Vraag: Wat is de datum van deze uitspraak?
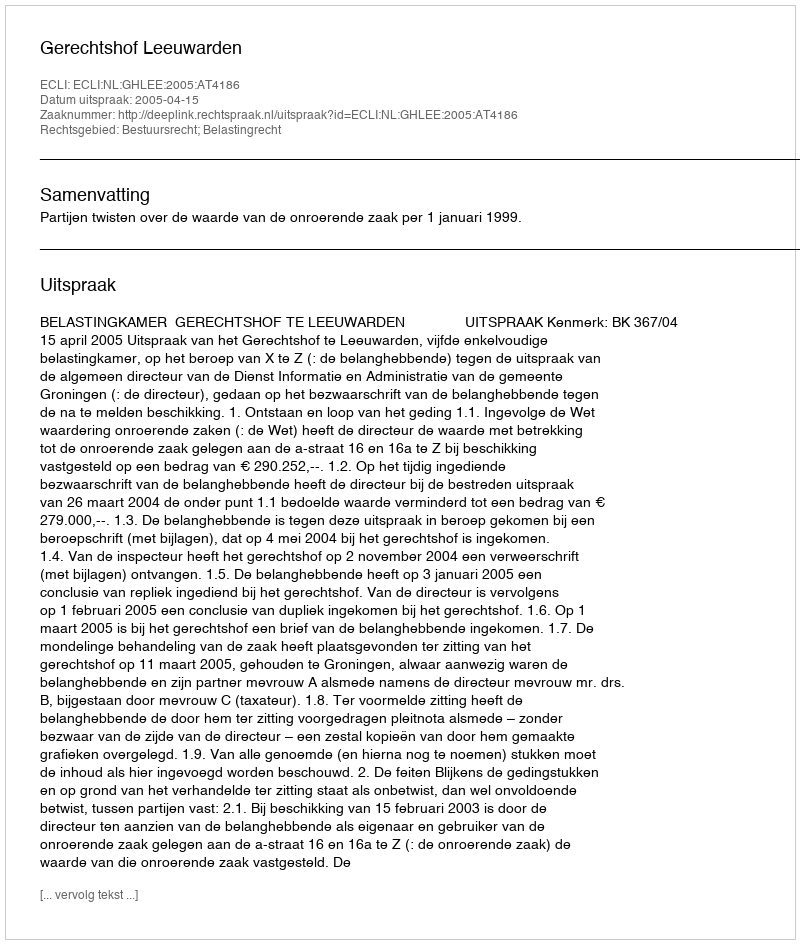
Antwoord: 2005-04-15